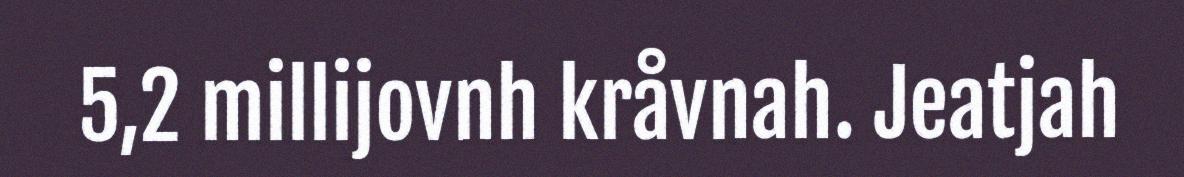
5,2 millijovnh kråvnah. Jeatjah